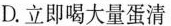
D.立即喝大量蛋清